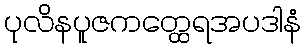
ပုလိနပူဇကတ္ထေရအပဒါနံ